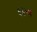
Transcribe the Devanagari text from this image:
३३१४